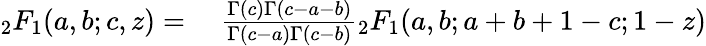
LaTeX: \begin{array}{rl}{{}_{2}F_{1}(a,b;c,z)={}}&{{}{\frac{\Gamma(c)\Gamma(c-a-b)}{\Gamma(c-a)\Gamma(c-b)}}{}_{2}F_{1}(a,b;a+b+1-c;1-z)}\end{array}